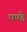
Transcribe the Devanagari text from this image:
पण्डे